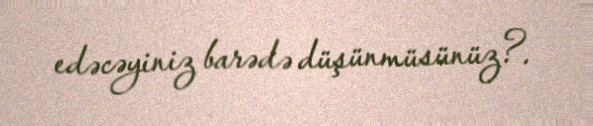
edəcəyiniz barədə düşünmüsünüz?.